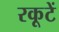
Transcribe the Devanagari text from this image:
रकूटें